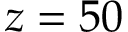
z = 5 0